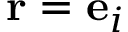
\mathbf { r } = \mathbf { e } _ { i }